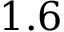
1 . 6